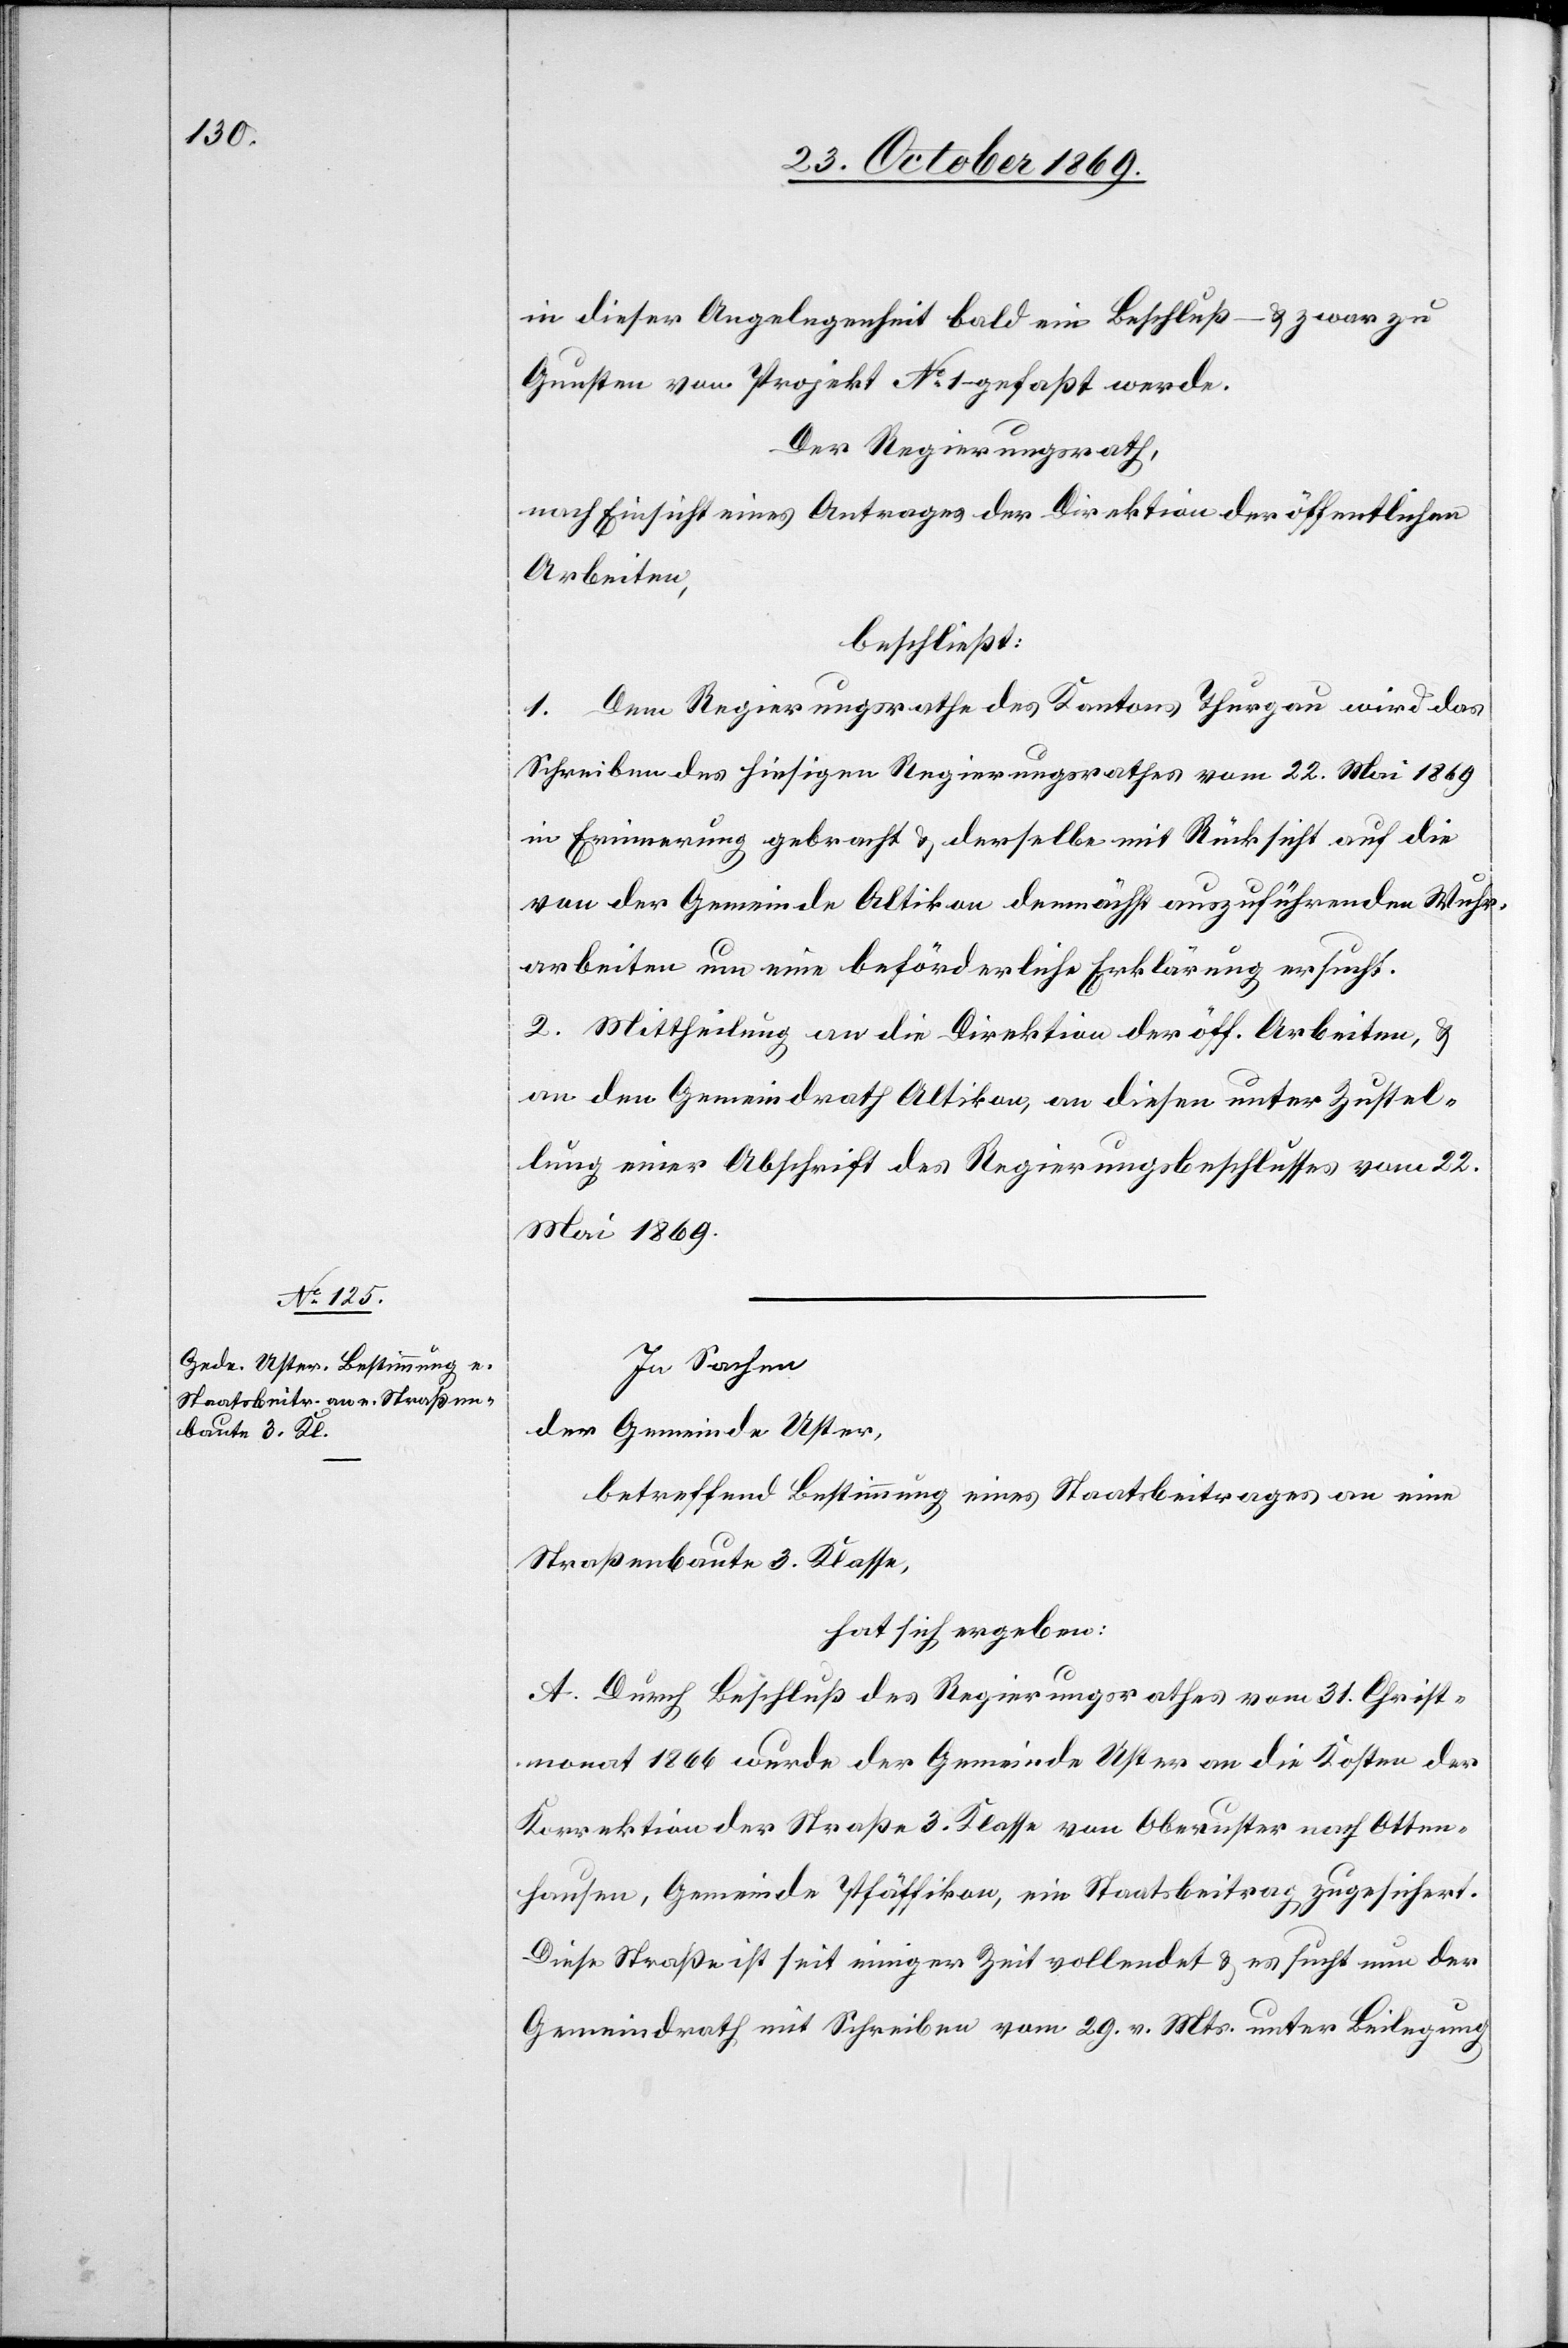
in dieser Angelegenheit bald ein Beschluß – & zwar zu
Gunsten von Projekt No 1 gefaßt werde.
Der Regierungsrath,
nach Einsicht eines Antrages der Direktion der öffentlichen
Arbeiten,
beschließt:
1. Dem Regierungsrathe des Kantons Thurgau wird das
Schreiben des hiesigen Regierungsrathes vom 22. Mai 1869
in Erinnerung gebracht & derselbe mit Rücksicht auf die
von der Gemeinde Altikon demnächst auszuführenden Wuhr¬
arbeiten um eine beförderliche Erklärung ersucht.
2. Mittheilung an die Direktion der öff. Arbeiten, &
an den Gemeindrath Altikon, an diesen unter Zustel¬
lung einer Abschrift des Regierungsbeschlusses vom 22.
Mai 1869.